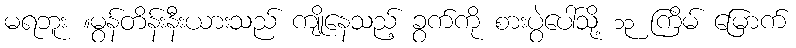
မရဘူး ။မွန်တိန်းနီးယားသည် ကျိုနေသည့် ခွက်ကို စားပွဲပေါ်သို့ ၁၃ ကြိမ် မြောက်